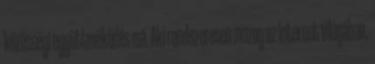
közösségi együttműködés má. Aki rendszeresen mozog az Internet világában,